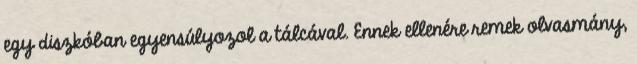
egy diszkóban egyensúlyozol a tálcával. Ennek ellenére remek olvasmány,